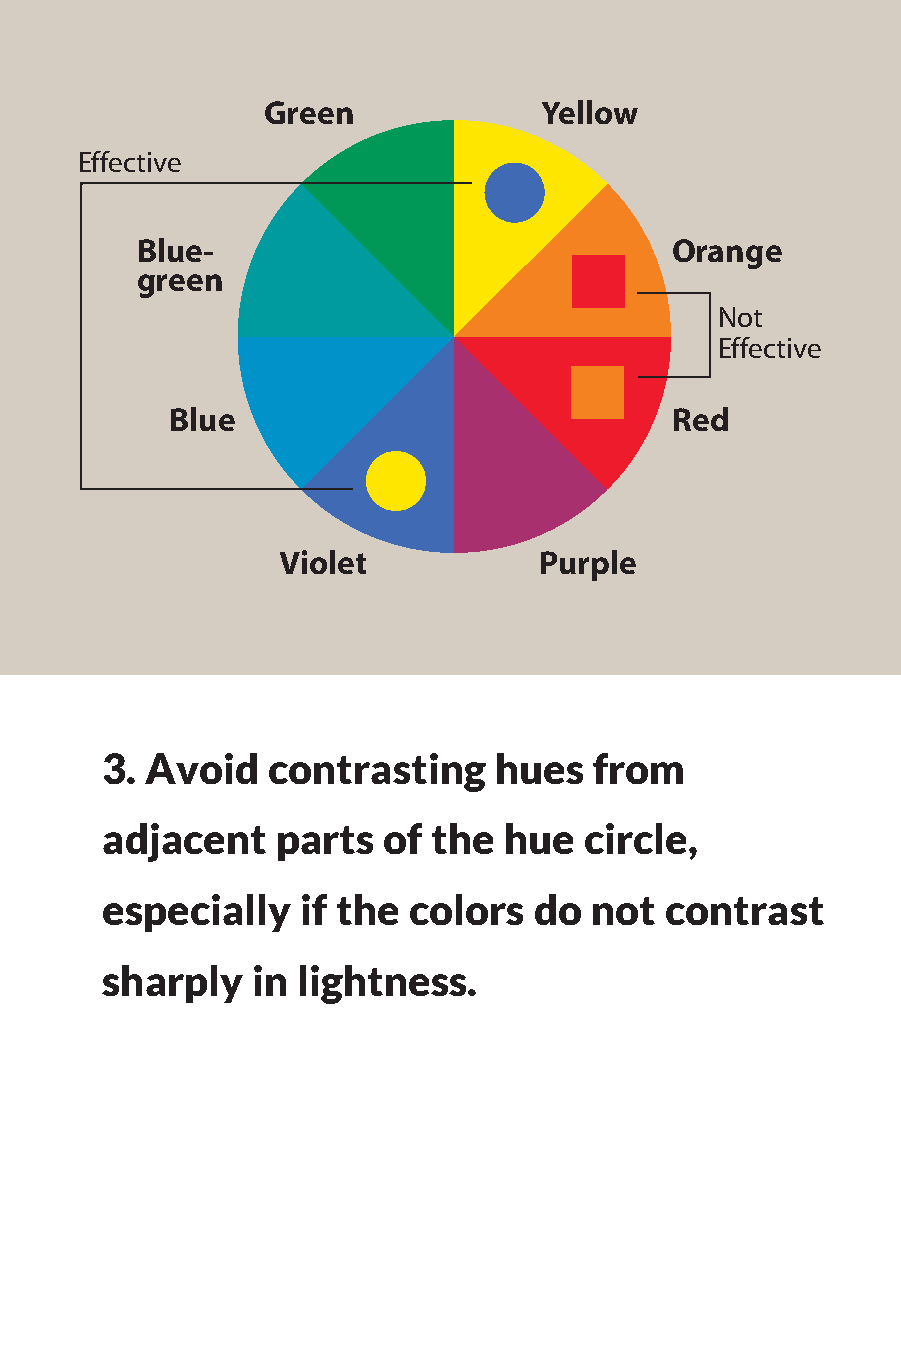
Green              Yellow
 Effective
 Blue-                              Orange
 green
 Not
 Effective
 Blue                             Red
 Violet            Purple
 3. Avoid   contrasting    hues  from
 adjacent   parts  of  the hue   circle,
 especially   if the colors  do  not  contrast
 sharply   in lightness.